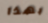
بهذا